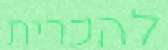
להכרית